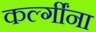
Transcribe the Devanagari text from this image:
कर्ल्गींना